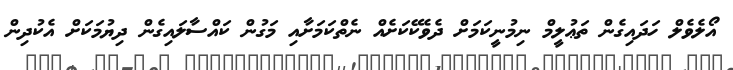
އޯލެވެލް ހަދައިގެން ތަޢުލީމް ނިމުނީކަމަށް ދެވެކޭކަށެއް ނެތްކަމަށާއި މަގުން ކައްސާލައިގެން ދިޔުމަކަށް އެކުދިން